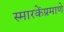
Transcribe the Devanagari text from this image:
स्मारकेंप्रमाणे